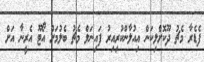
ފެޑެރާ މެޗު ދޫކޮށްލިކަން އިއުލާންކުރިއިރު ފައިނަލް މެޗު ބެލުމަށް އޯޓޫ އެރީނާ އަށް